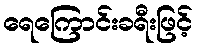
ရေကြောင်းခရီးဖြင့်